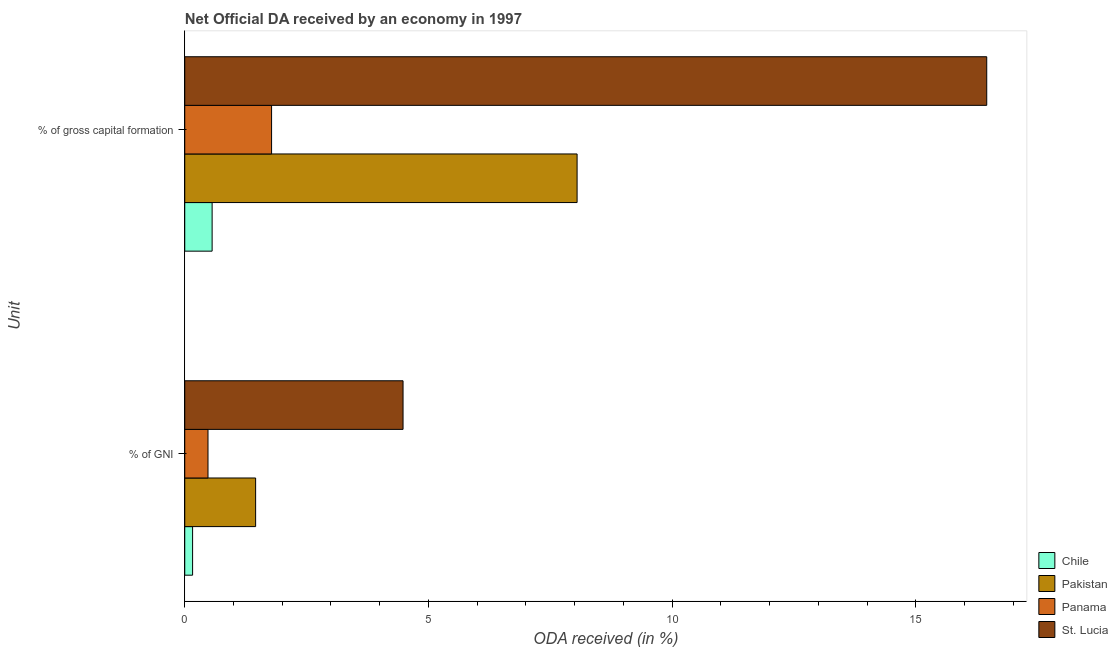
| Unit | Chile | Pakistan | Panama | St. Lucia |
 | --- | --- | --- | --- | --- |
 | % of GNI | 0.161 | 1.45 | 0.477 | 4.48 |
 | % of gross capital formation | 0.562 | 8.05 | 1.78 | 16.5 |